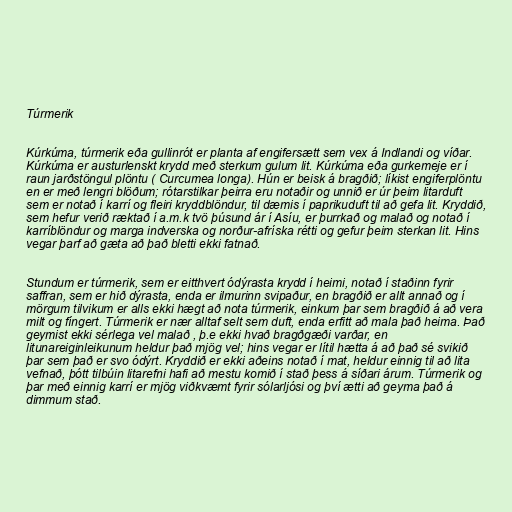
Túrmerik

Kúrkúma, túrmerik eða gullinrót er planta af engifersætt sem vex á Indlandi og víðar.
Kúrkúma er austurlenskt krydd með sterkum gulum lit. Kúrkúma eða gurkemeje er í
raun jarðstöngul plöntu ( Curcumea longa). Hún er beisk á bragðið; líkist engiferplöntu
en er með lengri blöðum; rótarstilkar þeirra eru notaðir og unnið er úr þeim litarduft
sem er notað í karrí og fleiri kryddblöndur, til dæmis í paprikuduft til að gefa lit. Kryddið,
sem hefur verið ræktað í a.m.k tvö þúsund ár í Asíu, er þurrkað og malað og notað í
karríblöndur og marga indverska og norður-afríska rétti og gefur þeim sterkan lit. Hins
vegar þarf að gæta að það bletti ekki fatnað.

Stundum er túrmerik, sem er eitthvert ódýrasta krydd í heimi, notað í staðinn fyrir
saffran, sem er hið dýrasta, enda er ilmurinn svipaður, en bragðið er allt annað og í
mörgum tilvikum er alls ekki hægt að nota túrmerik, einkum þar sem bragðið á að vera
milt og fíngert. Túrmerik er nær alltaf selt sem duft, enda erfitt að mala það heima. Það
geymist ekki sérlega vel malað , þ.e ekki hvað bragðgæði varðar, en
litunareiginleikunum heldur það mjög vel; hins vegar er lítil hætta á að það sé svikið
þar sem það er svo ódýrt. Kryddið er ekki aðeins notað í mat, heldur einnig til að lita
vefnað, þótt tilbúin litarefni hafi að mestu komið í stað þess á síðari árum. Túrmerik og
þar með einnig karrí er mjög viðkvæmt fyrir sólarljósi og því ætti að geyma það á
dimmum stað.